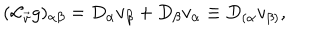
LaTeX: ( { \cal L } _ { \vec { v } } g ) _ { \alpha \beta } = D _ { \alpha } v _ { \beta } + D _ { \beta } v _ { \alpha } \equiv D _ { ( \alpha } v _ { \beta ) } ,